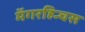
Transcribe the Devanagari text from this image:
मॅगरहिन्चस